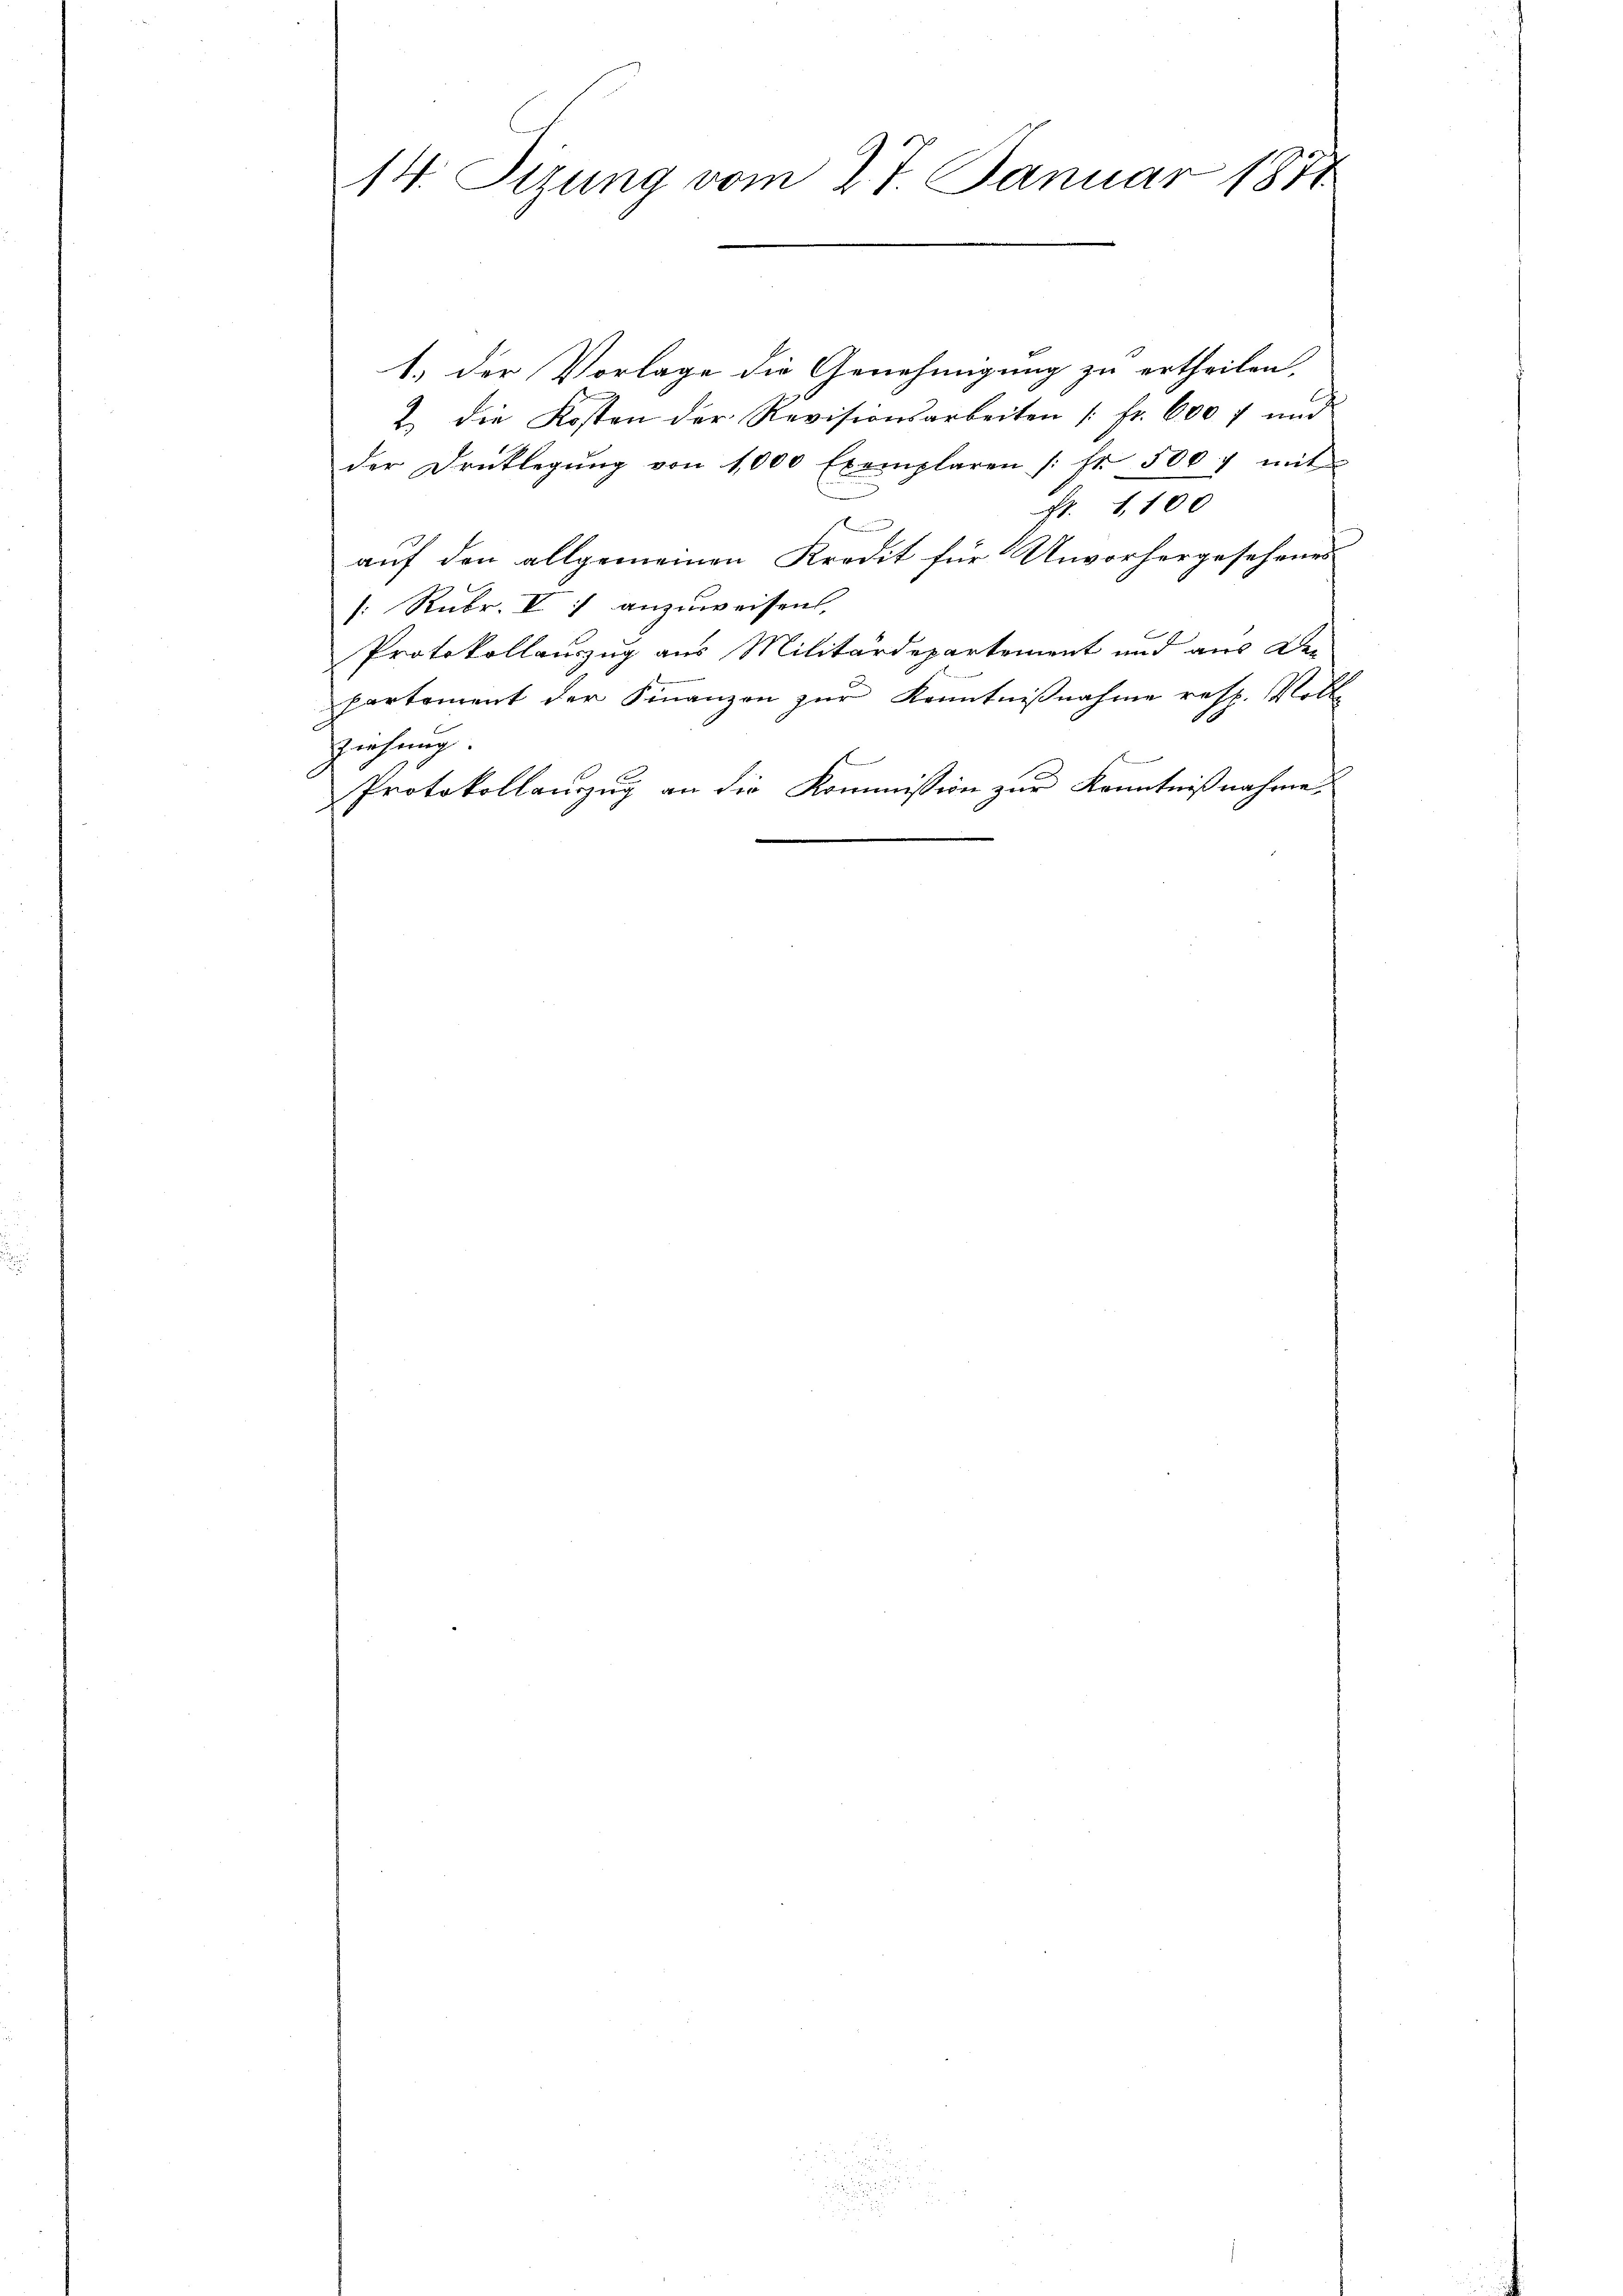
14. Sizung vom 27. Januar 1871

1.) Der Vorlage die Genehmigung zu ertheilen,
2. die Kosten der Revisionsarbeiten [Fr. 600 f und
der Drucklegŭng von 1000 Exemplaren (fr 500 f mit
f. 1,100
n
auf den allgemeinen Kredit für Unvorhergesehenes
/: Rubr. V :/ anzuweisen.
Protokollauszug aus Militärdepartement und aus De-
partement der Finanzen zur Kenntnißnahme resp. Volle
ziehung.
Protokollauzug an die Kommission zur Kenntnißnahme.